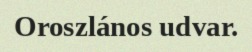
Oroszlános udvar.